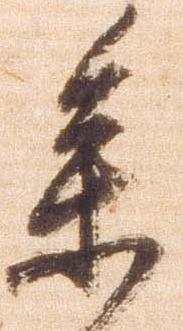
参